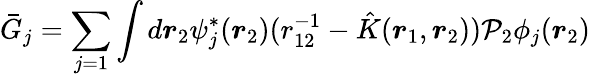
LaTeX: \bar{G}_{j}=\sum_{j=1}\int d\boldsymbol{r}_{2}\psi_{j}^{*}(\boldsymbol{r}_{2})(r_{12}^{-1}-\hat{K}(\boldsymbol{r}_{1},\boldsymbol{r}_{2}))\mathcal{P}_{2}\phi_{j}(\boldsymbol{r}_{2})